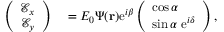
\begin{array} { r l } { \left( \begin{array} { c } { \mathcal { E } _ { x } } \\ { \mathcal { E } _ { y } } \end{array} \right) } & { { } = E _ { 0 } \Psi ( { \bf r } ) \mathrm { e } ^ { i \beta } \left( \begin{array} { c } { \cos \alpha \ \ \ \ } \\ { \sin \alpha \ \mathrm { e } ^ { i \delta } } \end{array} \right) , } \end{array}